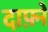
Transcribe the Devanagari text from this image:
दाफ़्ने